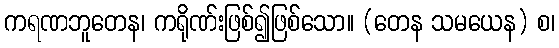
ကရဏဘူတေန၊ ကရိုဏ်းဖြစ်၍ဖြစ်သော။ (တေန သမယေန) စ၊